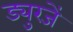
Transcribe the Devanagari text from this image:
ड्युरजें